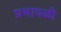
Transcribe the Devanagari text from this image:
प्रभावळी